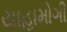
યાહામોગી